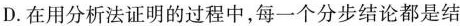
D.在用分析法证明的过程中，每一个分步结论都是结